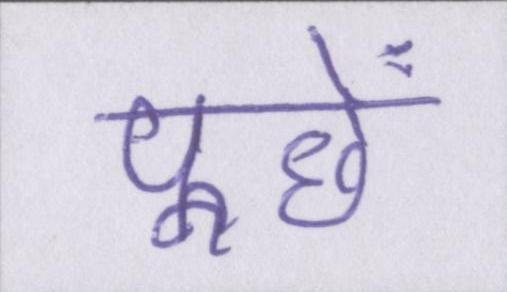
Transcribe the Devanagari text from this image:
पूछें